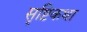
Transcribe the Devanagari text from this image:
सृष्टिकथा